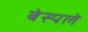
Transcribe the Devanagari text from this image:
बेस्पले